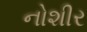
નોશીર